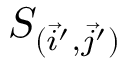
S _ { ( \vec { i } ^ { \prime } , \vec { j } ^ { \prime } ) }